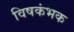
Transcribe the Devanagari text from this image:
विषकंभक